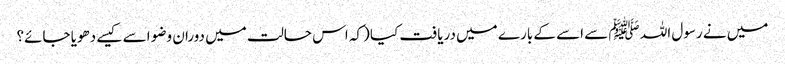
میں نے رسول اللہ ﷺ سے اسے کے بارے میں دریافت کیا (کہ اس حالت میں دوران وضو اسے کیسے دھویا جائے؟